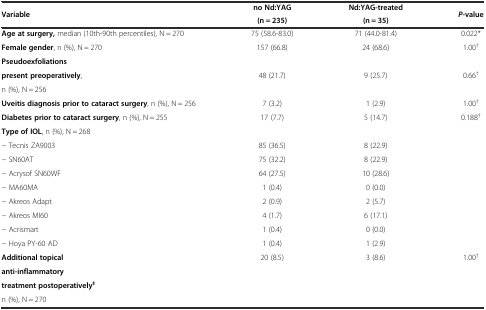
<table><thead><tr><td><b>Variable</b></td><td><b>no Nd:YAG</b></td><td><b>Nd:YAG-treated</b></td><td><b><i>P</i>-value</b></td></tr><tr><td></td><td><b>(n = 235)</b></td><td><b>(n = 35)</b></td><td></td></tr></thead><tbody><tr><td><b>Age at surgery,</b> median (10th-90th percentiles), N = 270</td><td>75 (58.6-83.0)</td><td>71 (44.0-81.4)</td><td>0.022*</td></tr><tr><td><b>Female gender</b>, n (%), N = 270</td><td>157 (66.8)</td><td>24 (68.6)</td><td>1.00<sup>†</sup></td></tr><tr><td><b>Pseudoexfoliations</b></td><td rowspan="3">48 (21.7)</td><td rowspan="3">9 (25.7)</td><td rowspan="3">0.66<sup>†</sup></td></tr><tr><td><b>present preoperatively</b>,</td></tr><tr><td>n (%), N = 256</td></tr><tr><td><b>Uveitis diagnosis prior to cataract surgery</b>, n (%), N = 256</td><td>7 (3.2)</td><td>1 (2.9)</td><td>1.00<sup>†</sup></td></tr><tr><td><b>Diabetes prior to cataract surgery</b>, n (%), N = 255</td><td>17 (7.7)</td><td>5 (14.7)</td><td>0.188<sup>†</sup></td></tr><tr><td><b>Type of IOL</b>, n (%), N = 268</td><td></td><td></td><td></td></tr><tr><td>- Tecnis ZA9003</td><td>85 (36.5)</td><td>8 (22.9)</td><td></td></tr><tr><td>- SN60AT</td><td>75 (32.2)</td><td>8 (22.9)</td><td></td></tr><tr><td>- Acrysof SN60WF</td><td>64 (27.5)</td><td>10 (28.6)</td><td></td></tr><tr><td>- MA60MA</td><td>1 (0.4)</td><td>0 (0.0)</td><td></td></tr><tr><td>- Akreos Adapt</td><td>2 (0.9)</td><td>2 (5.7)</td><td></td></tr><tr><td>- Akreos MI60</td><td>4 (1.7)</td><td>6 (17.1)</td><td></td></tr><tr><td>- Acrismart</td><td>1 (0.4)</td><td>0 (0.0)</td><td></td></tr><tr><td>- Hoya PY-60 AD</td><td>1 (0.4)</td><td>1 (2.9)</td><td></td></tr><tr><td><b>Additional topical</b></td><td>20 (8.5)</td><td>3 (8.6)</td><td>1.00<sup>†</sup></td></tr><tr><td><b>anti-inflammatory</b></td><td></td><td></td><td></td></tr><tr><td><b>treatment postoperatively</b><sup><b>‡</b></sup></td><td></td><td></td><td></td></tr><tr><td>n (%), N = 270</td><td></td><td></td><td></td></tr></tbody></table>